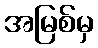
အမြစ်မှ